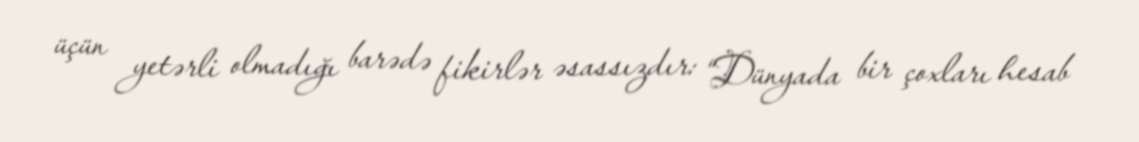
üçün yetərli olmadığı barədə fikirlər əsassızdır: “Dünyada bir çoxları hesab